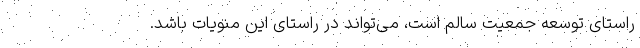
راستای توسعه‌ جمعیت سالم است، می‌تواند در راستای این منویات باشد.